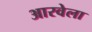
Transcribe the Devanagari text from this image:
आरवेला